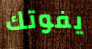
يفوتك